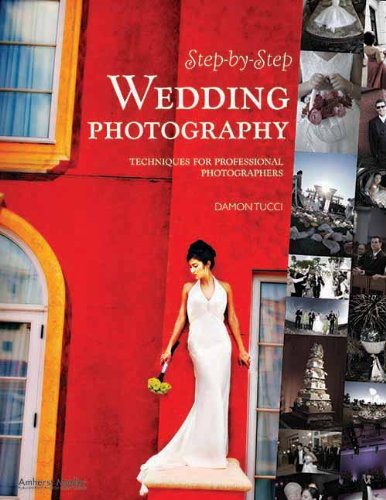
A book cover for Step-By-Step Wedding Photography: Techniques for Professional Photographers; Damon Tucci; Crafts, Hobbies & Home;